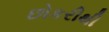
છોકરીથી